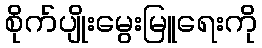
စိုက်ပျိုးမွေးမြူရေးကို